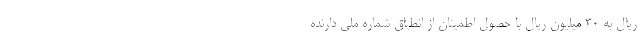
ریال به ۳۰ میلیون ریال با حصول اطمینان از انطباق شماره ملی دارنده